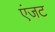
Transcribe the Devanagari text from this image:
एंजट